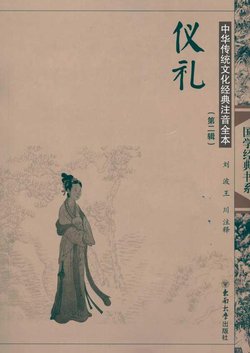
天下从事者，不可以无法仪，无法仪而其事能成者，无有也。